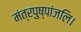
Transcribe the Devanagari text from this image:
मंत्रपुष्पांजलि।